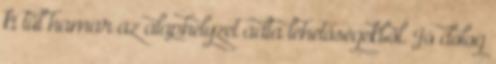
ki túl hamar az alaphelyzet adta lehetőségekből. Jó dolog